Document type: Dowry acquittance
Year: 1240
Scribe: Pere de Bages
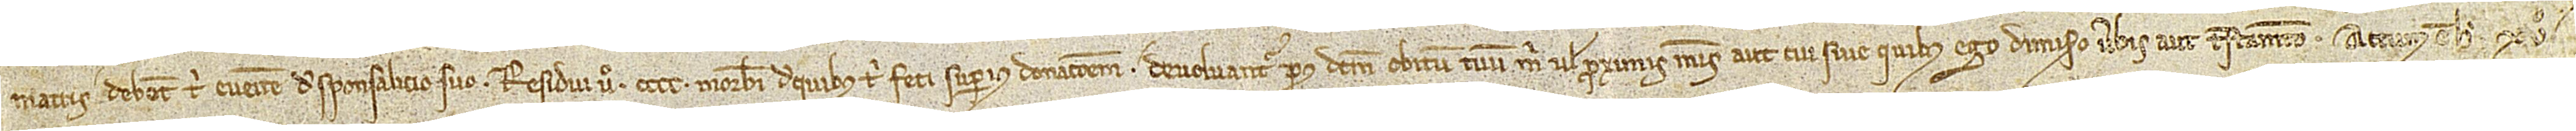
matris debent tibi evenire de sponsalicio suo. Residui vero CCCC morabatini, de quibus tibi feci superius donacionem, devolvantur post dictum obitum tuum mihi vel proximis meis aut tui sive quibus ego dimisero verbis aut testamento. Actum est hoc XVº